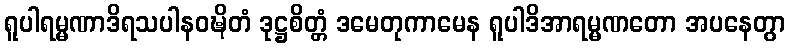
ရူပါရမ္မဏာဒိရသပါနဝဍ္ဎိတံ ဒုဋ္ဌစိတ္တံ ဒမေတုကာမေန ရူပါဒိအာရမ္မဏတော အပနေတွာ